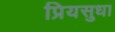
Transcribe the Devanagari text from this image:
प्रियसुधा